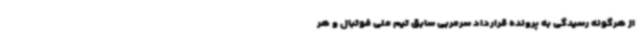
از هرگونه رسیدگی به پرونده قرارداد سرمربی سابق تیم ملی فوتبال و هر